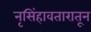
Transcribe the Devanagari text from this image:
नृसिंहावतारातून